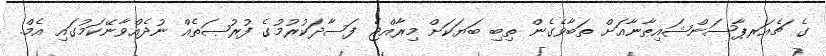
ގެ ޗެއަރޕާސަންޝައިޠާނާއަށް ތަބާވެގެން ތިބި ބަޔަކަށް މިރާއްޖެ ފަސާދަކުރުމުގެ ފުރުޞަތެއް ނުދެއްވާނޭކަމުގައި އެމް.